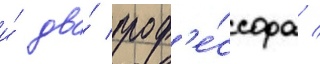
и́ два́ проф'е́ссора /